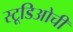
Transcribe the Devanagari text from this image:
स्टूडिओची